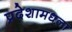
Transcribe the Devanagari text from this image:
प्रदेशामधला